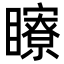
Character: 𥌢